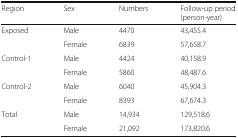
<table><thead><tr><td><b>Region</b></td><td><b>Sex</b></td><td><b>Numbers</b></td><td><b>Follow-up period (person-year)</b></td></tr></thead><tbody><tr><td rowspan="2">Exposed</td><td>Male</td><td>4470</td><td>43,455.4</td></tr><tr><td>Female</td><td>6839</td><td>57,658.7</td></tr><tr><td rowspan="2">Control-1</td><td>Male</td><td>4424</td><td>40,158.9</td></tr><tr><td>Female</td><td>5860</td><td>48,487.6</td></tr><tr><td rowspan="2">Control-2</td><td>Male</td><td>6040</td><td>45,904.3</td></tr><tr><td>Female</td><td>8393</td><td>67,674.3</td></tr><tr><td rowspan="2">Total</td><td>Male</td><td>14,934</td><td>129,518.6</td></tr><tr><td>Female</td><td>21,092</td><td>173,820.6</td></tr></tbody></table>